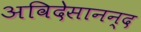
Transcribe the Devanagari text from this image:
अविदेसानन्द